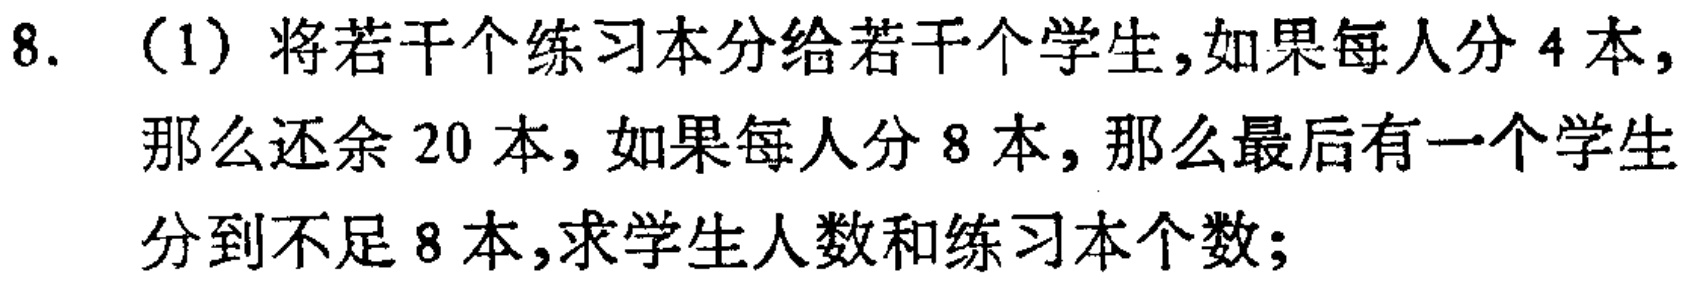
8. （1）将若干个练习本分给若干个学生，如果每人分 4 本，那么还余 20 本，如果每人分 8 本，那么最后有一个学生分到不足 8 本，求学生人数和练习本个数；